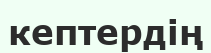
кептердің